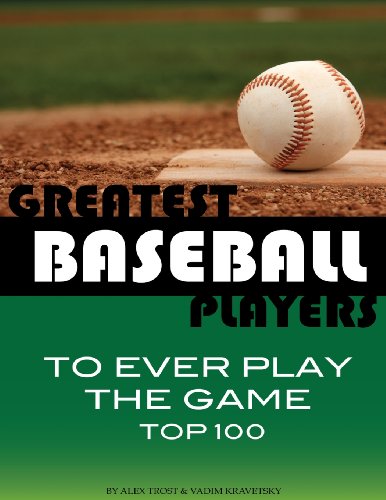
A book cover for Greatest Baseball Players to Ever Play the Game Top 100; Alex Trost; Sports & Outdoors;